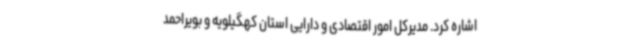
اشاره کرد. مدیرکل امور اقتصادی و دارایی استان کهگیلویه و بویراحمد